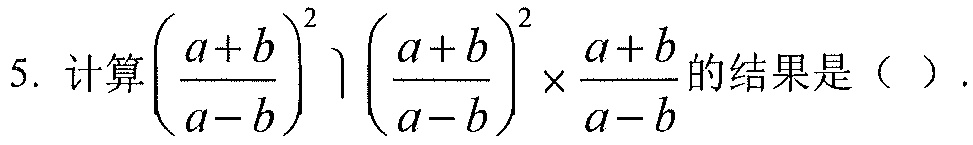
5. 计算\(\left(\dfrac{a + b}{a - b}\right)^2\left(\dfrac{a + b}{a - b}\right)^2\times\dfrac{a + b}{a - b}\)的结果是（  ）.